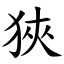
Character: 狹